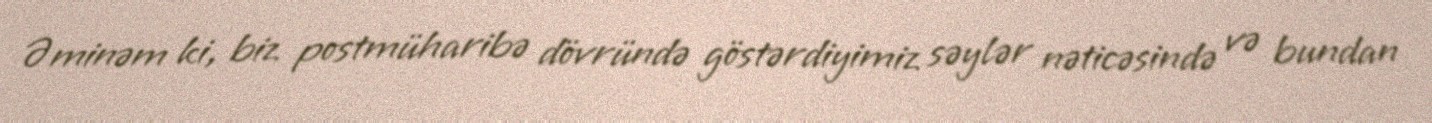
Əminəm ki, biz postmüharibə dövründə göstərdiyimiz səylər nəticəsində və bundan